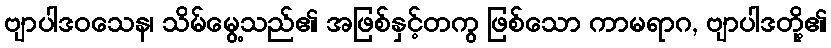
ဗျာပါဒဝသေန၊ သိမ်မွေ့သည်၏ အဖြစ်နှင့်တကွ ဖြစ်သော ကာမရာဂ, ဗျာပါဒတို့၏